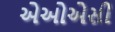
એઓએસી